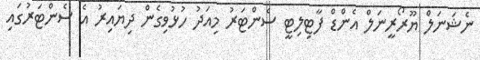
ނެޝަނަލް ޔޫރޯރީނަލް އެންޑް ފާޓިލިޓީ ސެންޓަރު މިއަދު ހުޅުވިގެން ދިޔައިރު އެ ސެންޓަރުގައި